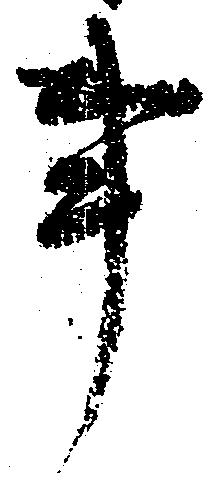
事